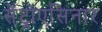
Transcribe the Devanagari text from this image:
सेंट्रोएसिनार